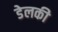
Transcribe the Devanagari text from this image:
डेलकी